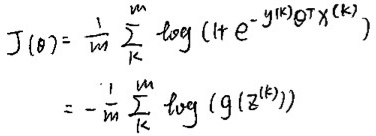
\[
\begin{align*}
J(\theta)&=\frac{1}{m}\sum_{k}^{m}\log(1 + e^{-y^{(k)}\theta^{T}x^{(k)}})\\
&=-\frac{1}{m}\sum_{k}^{m}\log(g(z^{(k)}))
\end{align*}
\]